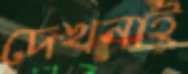
দেখনাই